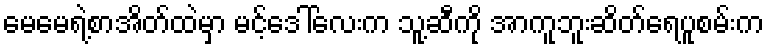
မေမေရဲ့စာအိတ်ထဲမှာ မင့်ဒေါ်လေးက သူ့ဆီကို အာကူဘူးဆိတ်ရေပူစမ်းက